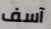
آسف